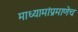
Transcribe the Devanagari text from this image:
माध्यामांप्रमाणेच